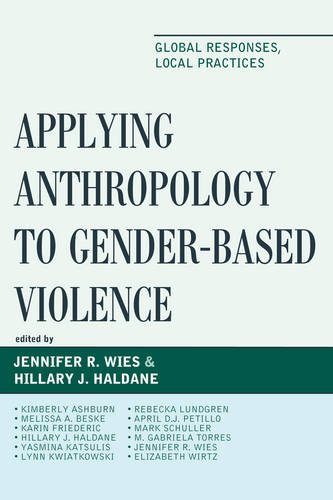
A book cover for Applying Anthropology to Gender-Based Violence: Global Responses, Local Practices; Politics & Social Sciences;